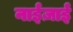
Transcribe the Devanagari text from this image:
नाईज़ाई